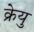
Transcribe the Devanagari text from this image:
क्रेयु